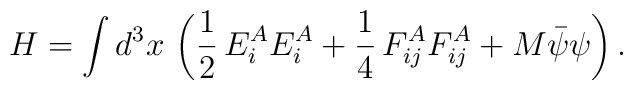
H=\int d^3x\,\left(\frac{1}{2}\,E_i^AE_i^A+\frac{1}{4}\,F_{ij}^AF_{ij}^A+M\bar{\psi }\psi \right).